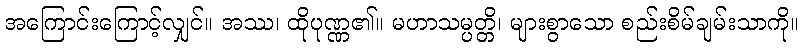
အကြောင်းကြောင့်လျှင်။ အဿ၊ ထိုပုဏ္ဏ၏။ မဟာသမ္ပတ္တိ၊ များစွာသော စည်းစိမ်ချမ်းသာကို။